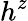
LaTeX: h^{z}